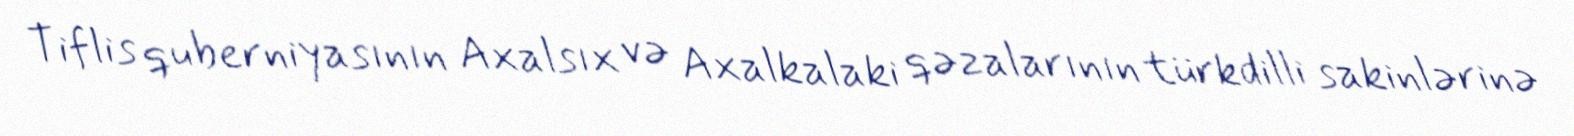
Tiflis quberniyasının Axalsıx və Axalkalaki qəzalarının türkdilli sakinlərinə